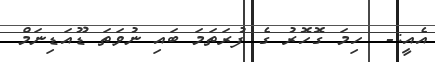
އެއީ:-  ހިމަ ގޮހޮރު ގެ ފުރަތަމަ ބައި ނުވަތަ ޑޫއަޑިނަމް